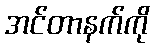
အင်တာနက်ကို